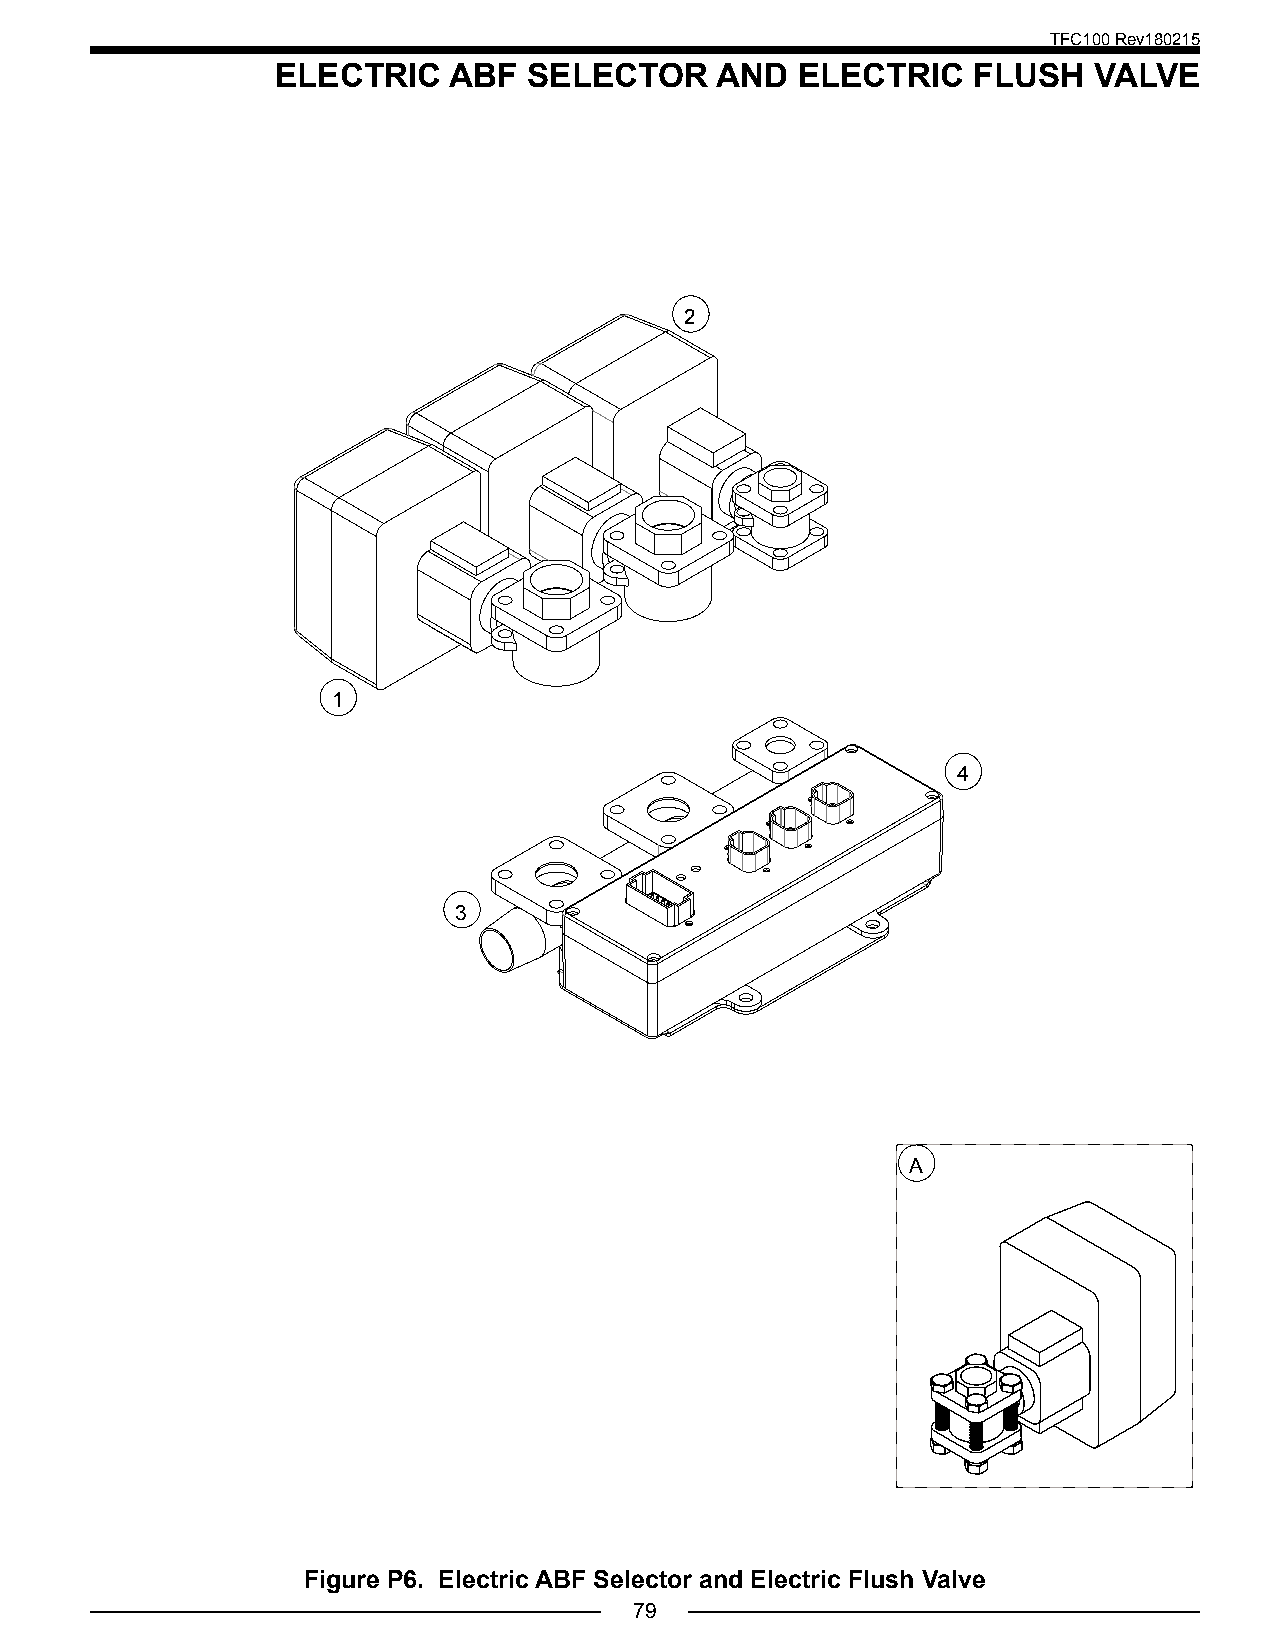
TFC100 Rev180215
 ELECTRIC    ABF  SELECTOR    AND   ELECTRIC   FLUSH   VALVE
 2
 1
 4
 3
 A
 Figure P6. Electric ABF Selector and Electric Flush Valve
 79